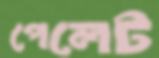
পেলেট